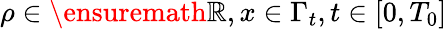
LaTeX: \rho\in\ensuremath{\mathbb{R}},x\in\Gamma_{t},t\in[0,T_{0}]